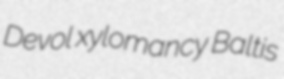
Devol xylomancy Baltis